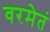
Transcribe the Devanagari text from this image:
वरमेतं